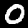
Label: 0